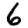
Digit: 6